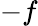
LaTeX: -f